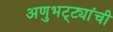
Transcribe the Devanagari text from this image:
अणुभट्ट्यांची